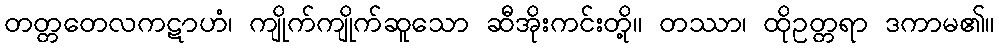
တတ္တတေလကဋာဟံ၊ ကျိုက်ကျိုက်ဆူသော ဆီအိုးကင်းတို့။ တဿာ၊ ထိုဥတ္တရာ ဒကာမ၏။